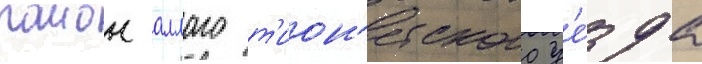
раион аллаго т'ион'етского уе́зда